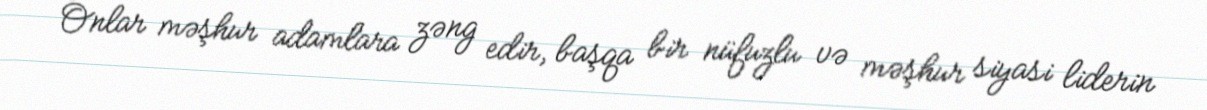
Onlar məşhur adamlara zəng edir, başqa bir nüfuzlu və məşhur siyasi liderin